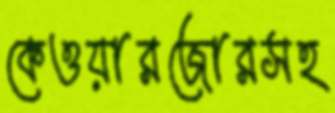
কেওয়ারজোরসহ